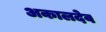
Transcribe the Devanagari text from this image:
अकालदेव